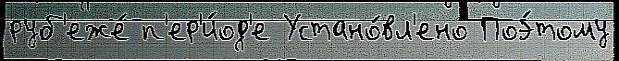
руб'еже́ п'ер'и́од'е Устано́вл'ено Поэ́тому